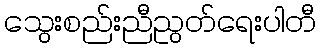
သွေးစည်းညီညွတ်ရေးပါတီ